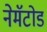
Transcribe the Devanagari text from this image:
नेमॅटोड